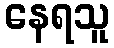
နေရသူ